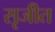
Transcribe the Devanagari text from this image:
सृजीत